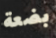
بضعة